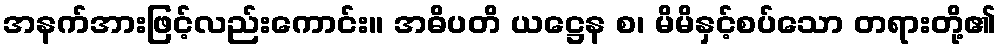
အနက်အားဖြင့်လည်းကောင်း။ အဓိပတိ ယဋ္ဌေန စ၊ မိမိနှင့်စပ်သော တရားတို့၏